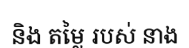
និង តម្លៃ របស់ នាង